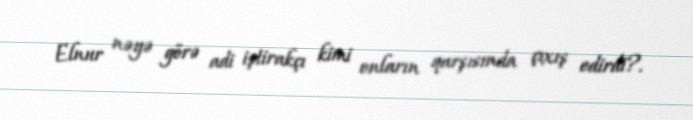
Elnur nəyə görə adi iştirakçı kimi onların qarşısında çıxış edirdi?.